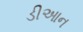
ડીઆન